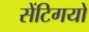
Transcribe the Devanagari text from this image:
सेंटिगयो